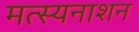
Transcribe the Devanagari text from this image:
मत्स्यनाशन